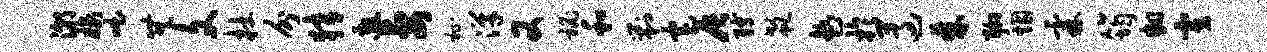
潮榆咄无文杜分猜邀妻祉汉又秘和剿宅辰缚欷趁于遵棘聊烟霖筠翻寅